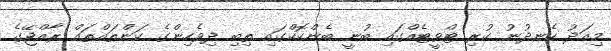
މިއަދު ހެނދުނު ކުރި ޓްވީޓެއްގައި ބުނީ ބެންކޮކްގައި ތިބި ދިވެހިންގެ ކަންތައްތައް ރާއްޖޭގެ